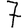
Digit: 7